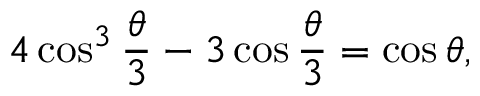
4 \cos ^ { 3 } { \frac { \theta } { 3 } } - 3 \cos { \frac { \theta } { 3 } } = \cos \theta ,